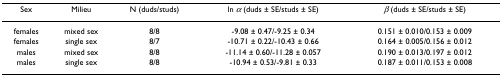
| Sex | Milieu | N (duds/studs) | ln α (duds ± SE/studs ± SE) | β (duds ± SE/studs ± SE) |
 | --- | --- | --- | --- | --- |
 | females | mixed sex | 8/8 | -9.08 ± 0.47/-9.25 ± 0.34 | 0.151 ± 0.010/0.153 ± 0.009 |
 | females | single sex | 8/7 | -10.71 ± 0.22/-10.43 ± 0.66 | 0.164 ± 0.005/0.156 ± 0.012 |
 | males | mixed sex | 8/8 | -11.14 ± 0.60/-11.28 ± 0.057 | 0.190 ± 0.013/0.197 ± 0.012 |
 | males | single sex | 8/8 | -10.94 ± 0.53/-9.81 ± 0.33 | 0.187 ± 0.011/0.153 ± 0.008 |